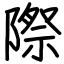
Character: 際